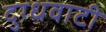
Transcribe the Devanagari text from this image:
दुग्धवाटी